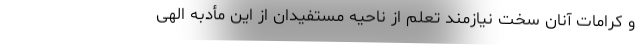
و کرامات آنان سخت نیازمند تعلم از ناحیه مستفیدان از این مأدبه الهی